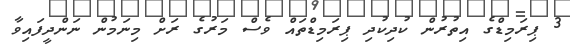
3 ޕިރަމިޑްގެ އިތުރުން ކުދިކުދި ޕިރަމިޑްތައް ވެސް މަރުގެ ރަށް މިނަމުން ނަންދީފައިވާ